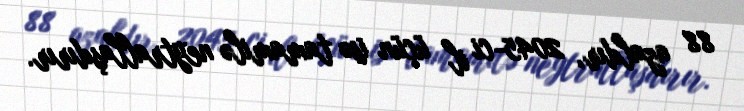
88 azaldır, 2045-ci il üçün isə tamamilə neytrallaşdırır.